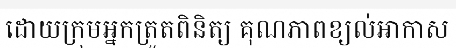
ដោយក្រុមអ្នកត្រួតពិនិត្យ គុណភាពខ្យល់អាកាស